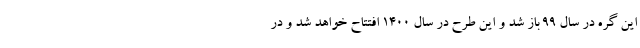
این گره در سال ۹۹ باز شد و این طرح در سال ۱۴۰۰ افتتاح خواهد شد و در